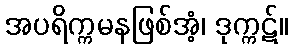
အပရိက္ကမနဖြစ်အံ့၊ ဒုက္ကဋ်။